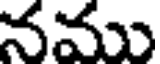
నము